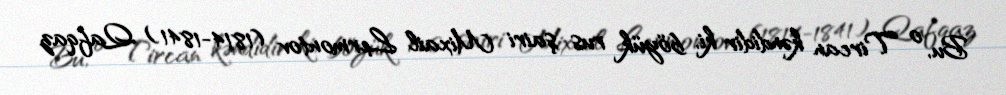
Bu, o Tircan kəndidir ki, böyük rus şairi Mixail Lermontov (1814-1841) Qafqaz